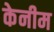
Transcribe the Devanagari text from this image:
केनीम